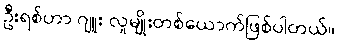
ဦးရစ်ဟာ ဂျူး လူမျိုးတစ်ယောက်ဖြစ်ပါတယ်။